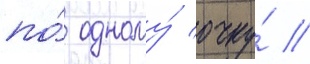
по́ одному́ очку́ //